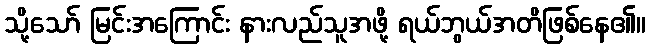
သို့သော် မြင်းအကြောင်း နားလည်သူအဖို့ ရယ်ဘွယ်အတိဖြစ်နေ၏။